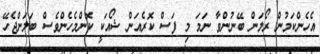
އެހެންކަމުން ރޯލަން ބޭނުންވާ ނަމަ މި ފަސް ކޮރެއަން ޝޯއަކީ ކޮންމެހެންވެސް ބަލަންޖެހޭ